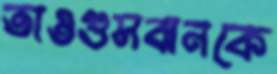
তাওগুসবানকে